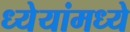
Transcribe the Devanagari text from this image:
ध्येयांमध्ये